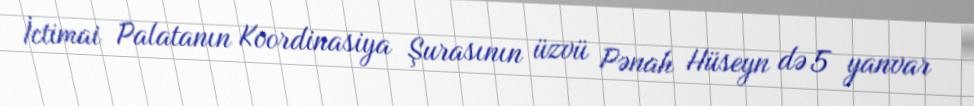
İctimai Palatanın Koordinasiya Şurasının üzvü Pənah Hüseyn də 5 yanvar